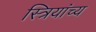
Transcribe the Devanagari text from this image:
स्त्रियांच्य